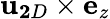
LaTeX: {\mathbf u}_{\mathbf 2D}\times{\mathbf e}_{z}